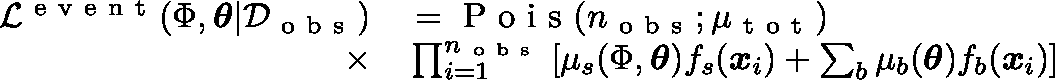
\begin{array} { r l } { \mathcal { L } ^ { \mathrm { ~ e ~ v ~ e ~ n ~ t ~ } } ( \Phi , \mathbf { \boldsymbol { \theta } } | \mathcal { D } _ { \mathrm { ~ o ~ b ~ s ~ } } ) } & { { } = \mathrm { ~ P ~ o ~ i ~ s ~ } ( n _ { \mathrm { ~ o ~ b ~ s ~ } } ; \mu _ { \mathrm { ~ t ~ o ~ t ~ } } ) } \\ { \times } & { { } \prod _ { i = 1 } ^ { n _ { \mathrm { ~ o ~ b ~ s ~ } } } \left[ \mu _ { s } ( \Phi , \boldsymbol { \theta } ) f _ { s } ( \boldsymbol { x } _ { i } ) + \sum _ { b } \mu _ { b } ( \boldsymbol { \theta } ) f _ { b } ( \boldsymbol { x } _ { i } ) \right] } \end{array}